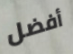
أفضل